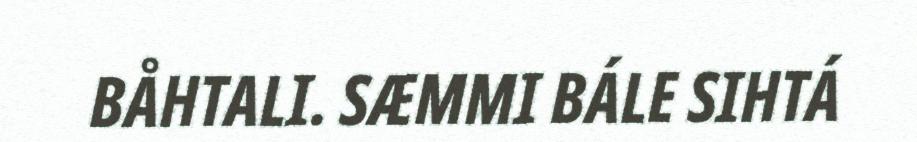
BÅHTALI. SÆMMI BÁLE SIHTÁ